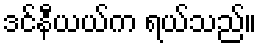
ဒင်နီယယ်က ရယ်သည်။